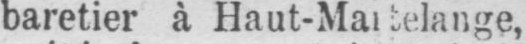
baretier à Haut-Martelange,